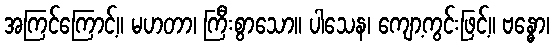
အကြင်ကြောင့်။ မဟတာ၊ ကြီးစွာသော။ ပါသေန၊ ကျော့ကွင်းဖြင့်။ ဗန္ဓော၊